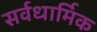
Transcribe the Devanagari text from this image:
सर्वधार्मिक